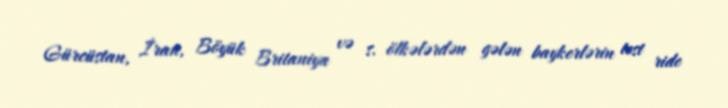
Gürcüstan, İran, Böyük Britaniya və s. ölkələrdən gələn baykerlərin test ride